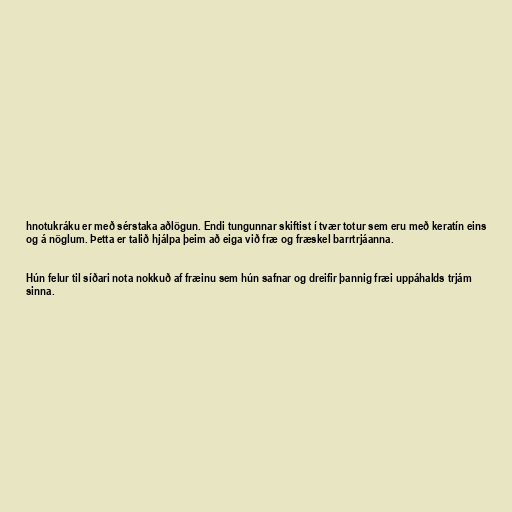
hnotukráku er með sérstaka aðlögun. Endi tungunnar skiftist í tvær totur sem eru með keratín eins
og á nöglum. Þetta er talið hjálpa þeim að eiga við fræ og fræskel barrtrjáanna.

Hún felur til síðari nota nokkuð af fræinu sem hún safnar og dreifir þannig fræi uppáhalds trjám
sinna.